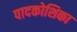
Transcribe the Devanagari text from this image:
पादकोशिका